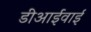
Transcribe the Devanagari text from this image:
डीआईवाई